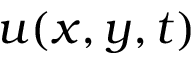
u ( x , y , t )